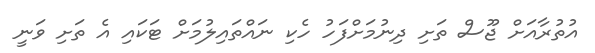
އުތުރާއަށް ޖޫސް ތަށި ދިނުމަށްފަހު ހެކި ނައްތައިލުމަށް ޓަކައި އެ ތަށި ވަނީ